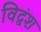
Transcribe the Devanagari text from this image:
विद्वंश